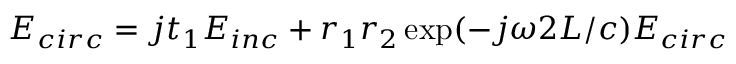
E _ { c i r c } = j t _ { 1 } E _ { i n c } + r _ { 1 } r _ { 2 } \exp ( - j \omega 2 L / c ) E _ { c i r c }